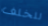
للخلف